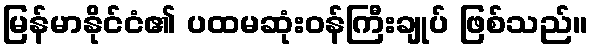
မြန်မာနိုင်ငံ၏ ပထမဆုံးဝန်ကြီးချုပ် ဖြစ်သည်။